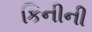
કિનીની